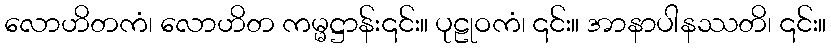
လောဟိတကံ၊ လောဟိတ ကမ္မဋ္ဌာန်း၎င်း။ ပုဠုဝကံ၊ ၎င်း။ အာနာပါနဿတိ၊ ၎င်း။